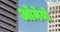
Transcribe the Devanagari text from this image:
ओमेयो